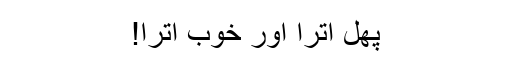
پھل اُترا اور خوب اُترا!